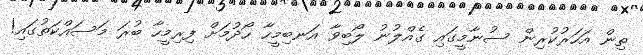
ތިން އަހަރުކުރިން ސުނާމީގައި ގެއްލުނު ލޯބިވާ އަނބިމީހާ ހޯދުމަށް ފިރިމީހާ ބުރަ މަސައްކަތުގައި!